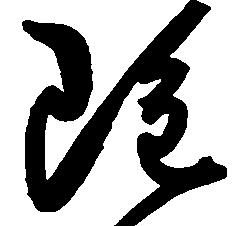
雖